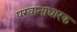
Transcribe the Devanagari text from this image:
परवानाधारक